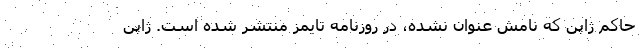
حاکم ژاپن که نامش عنوان نشده، در روزنامه تایمز منتشر شده است. ژاپن